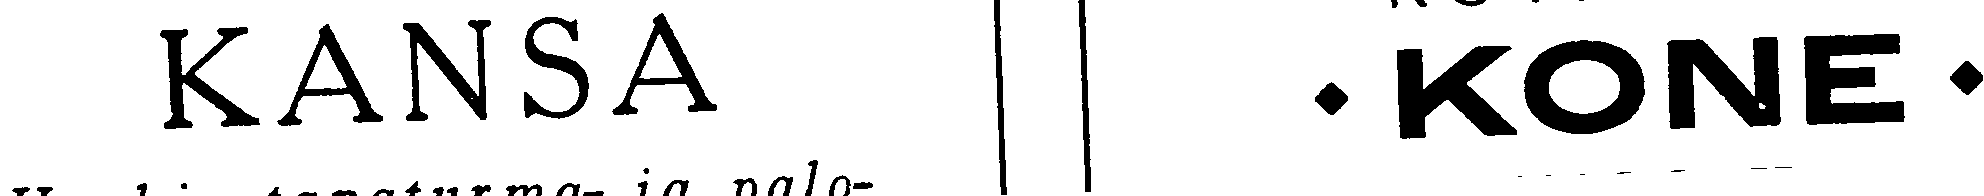
KANSA • KONE